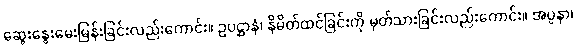
ဆွေးနွေးမေးမြန်းခြင်းလည်းကောင်း။ ဥပဋ္ဌာနံ၊ နိမိတ်ထင်ခြင်းကို မှတ်သားခြင်းလည်းကောင်း။ အပ္ပနာ၊